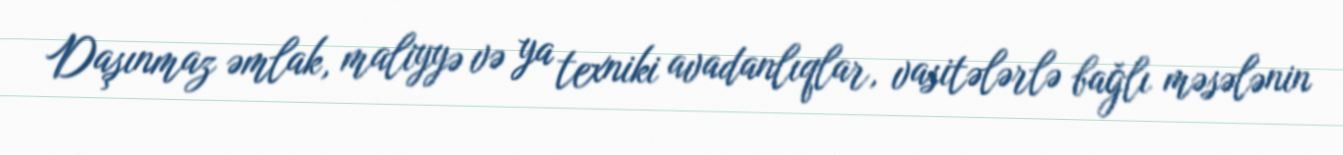
Daşınmaz əmlak, maliyyə və ya texniki avadanlıqlar, vasitələrlə bağlı məsələnin